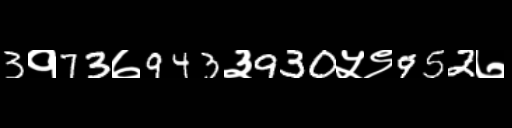
Text: 3१73७943३930५९952७